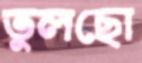
তুলছো